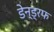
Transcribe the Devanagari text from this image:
डेन्ड्रफ